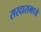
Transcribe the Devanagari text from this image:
सरदारामध्ये